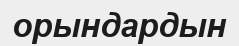
орындардын